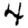
Digit: 4